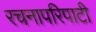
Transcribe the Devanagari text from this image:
रचनापरिपाटी